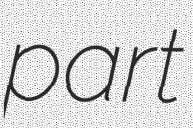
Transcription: part